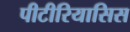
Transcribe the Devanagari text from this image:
पीटीरियासिस